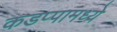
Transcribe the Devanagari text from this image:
कडप्पामध्ये